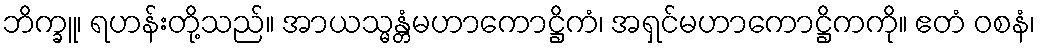
ဘိက္ခူ၊ ရဟန်းတို့သည်။ အာယသ္မန္တံမဟာကောဋ္ဌိကံ၊ အရှင်မဟာကောဋ္ဌိကကို။ ဧတံ ဝစနံ၊